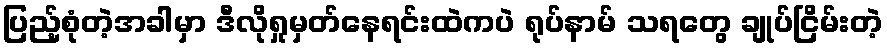
ပြည့်စုံတဲ့အခါမှာ ဒီလိုရှုမှတ်နေရင်းထဲကပဲ ရုပ်နာမ် သရတွေ ချုပ်ငြိမ်းတဲ့